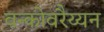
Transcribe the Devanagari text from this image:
वन्कोवरैय्यन